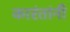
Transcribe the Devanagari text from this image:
कारंतांनी